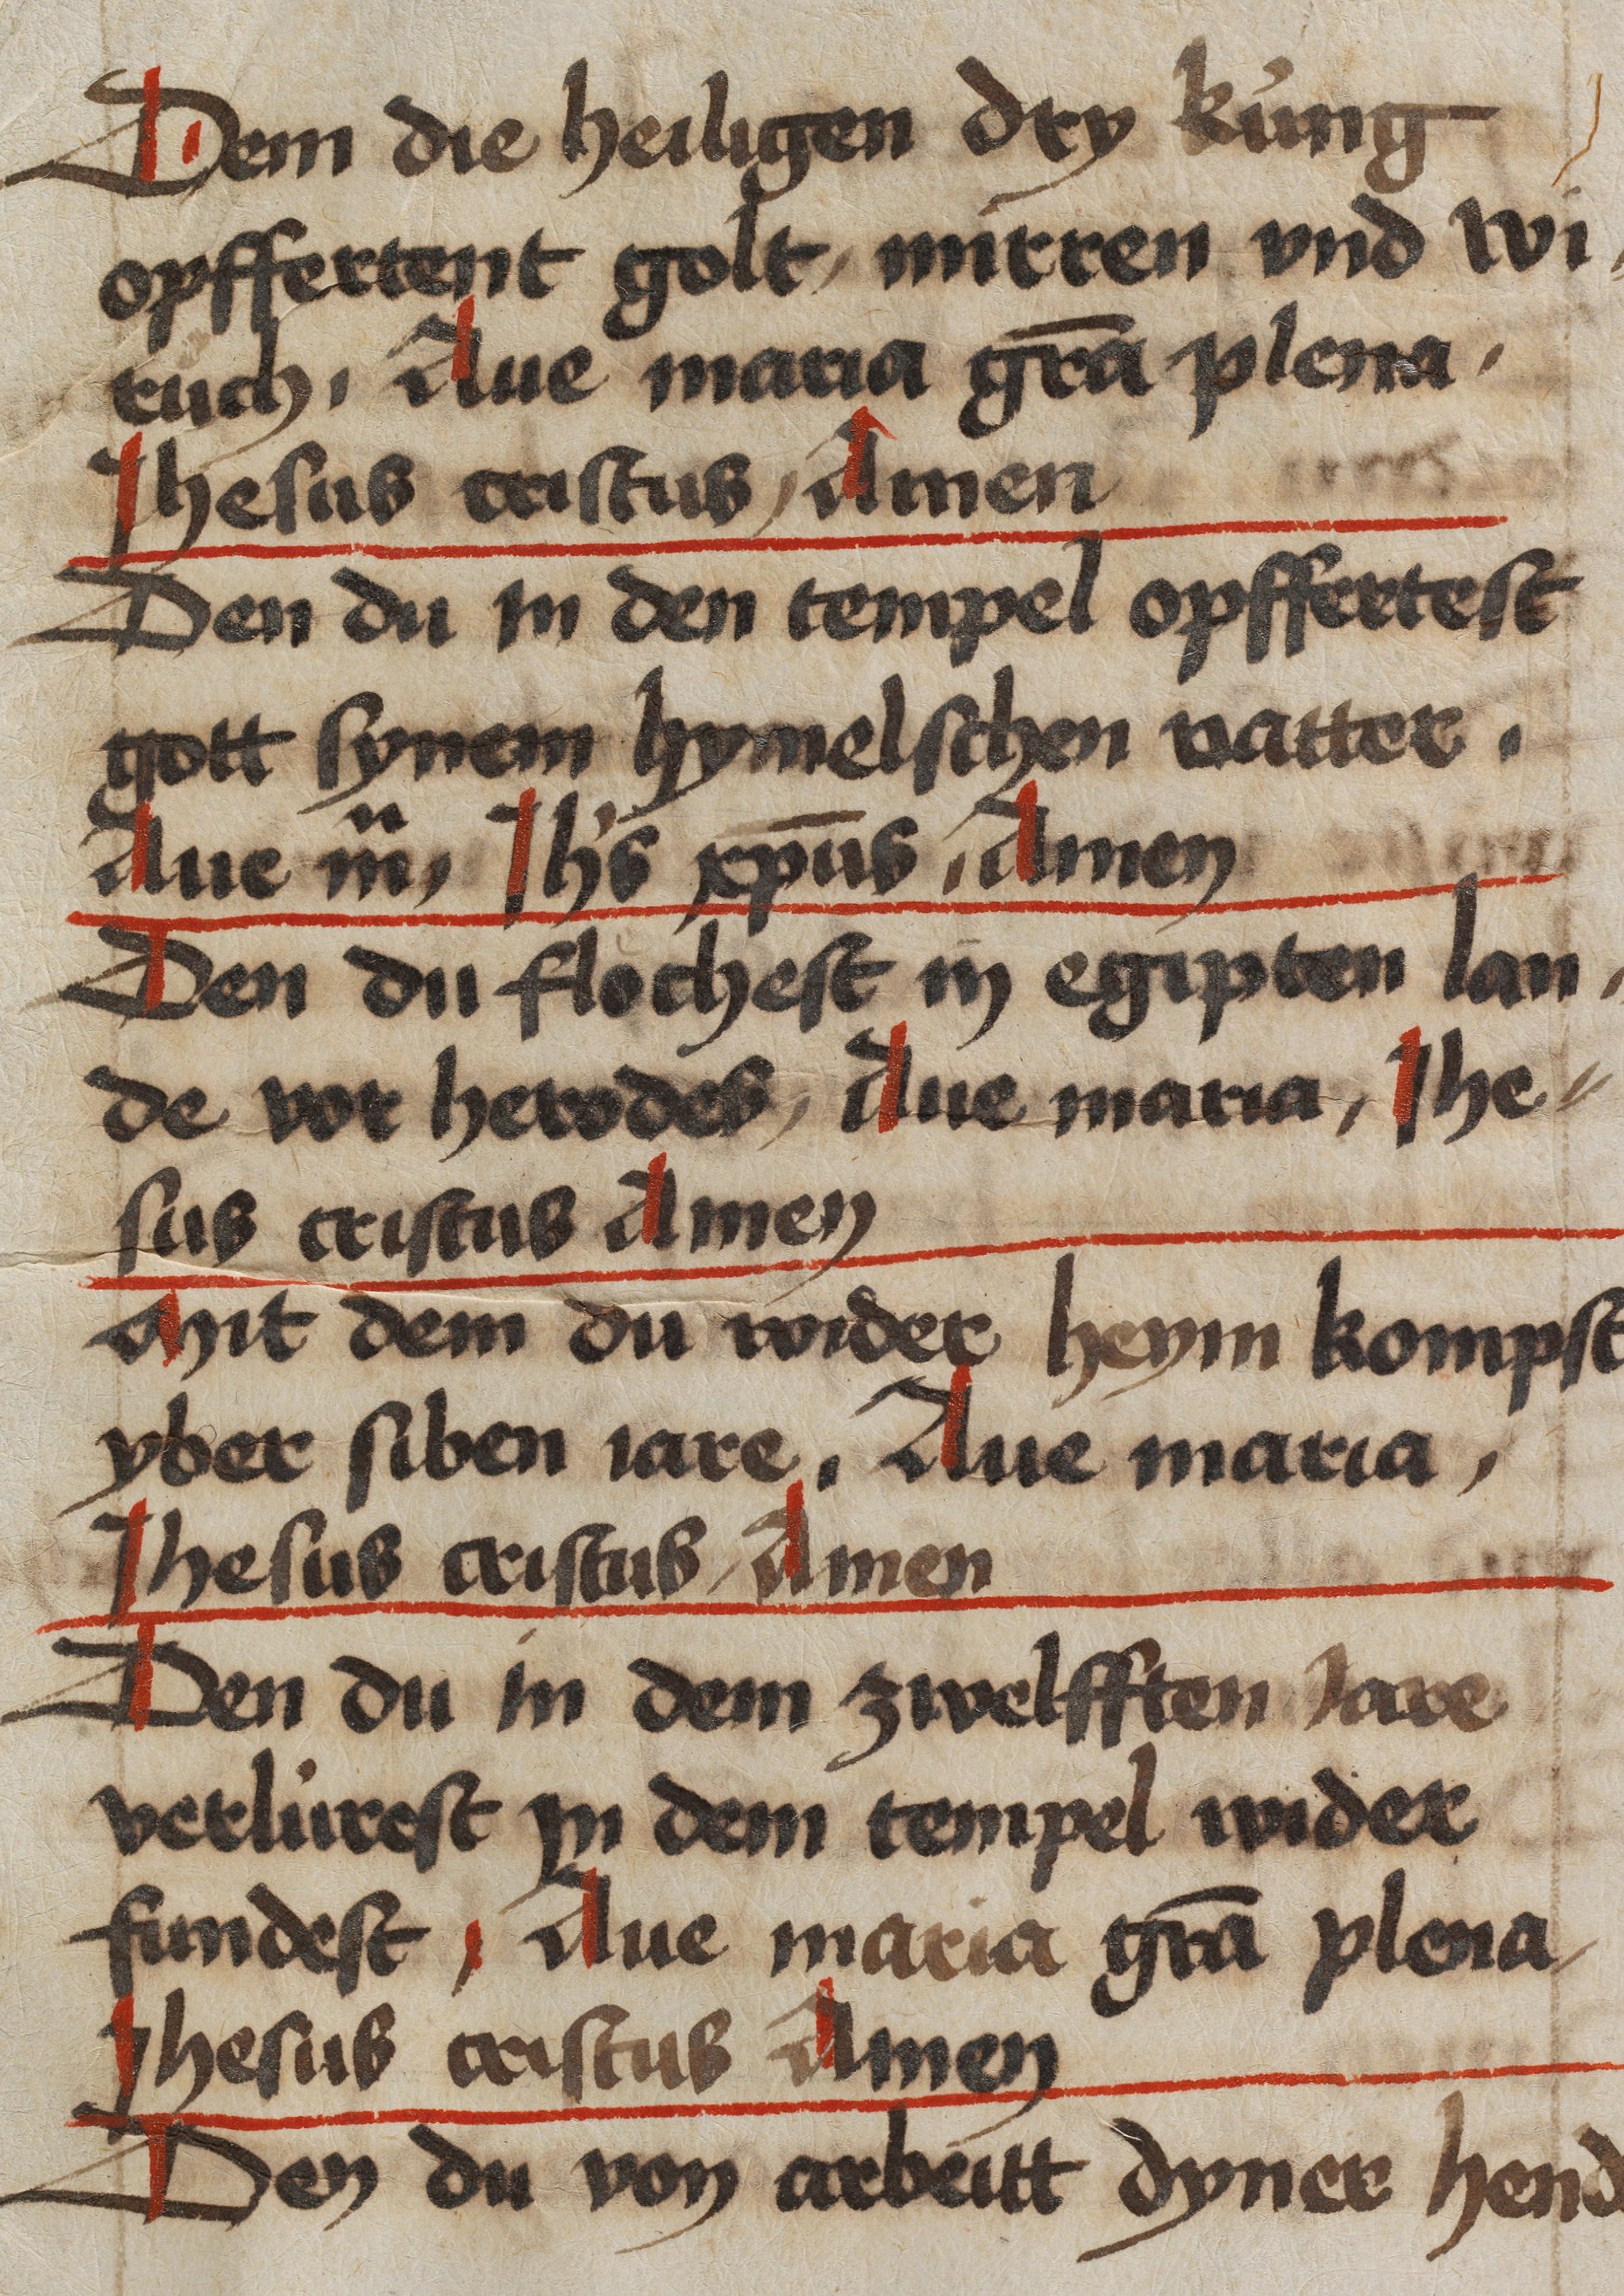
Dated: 1450–1499